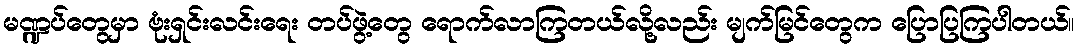
မဏ္ဍပ်တွေမှာ ဗုံးရှင်းလင်းရေး တပ်ဖွဲ့တွေ ရောက်လာကြတယ်လို့လည်း မျက်မြင်တွေက ပြောပြကြပါတယ်။